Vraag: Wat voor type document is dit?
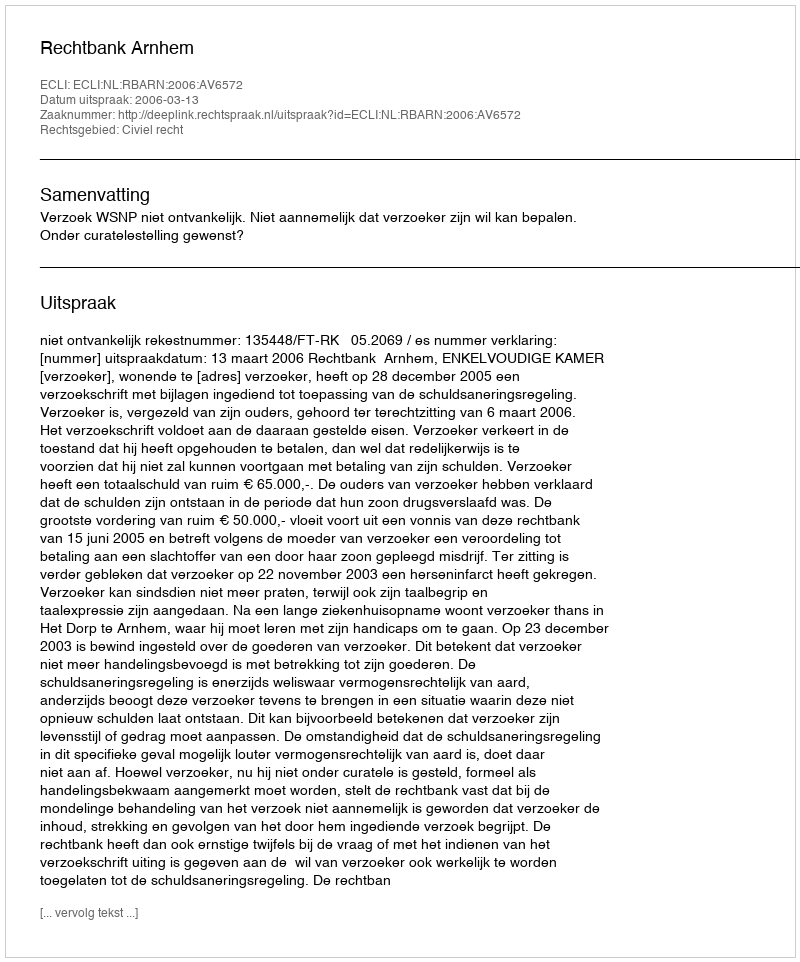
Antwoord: Uitspraak